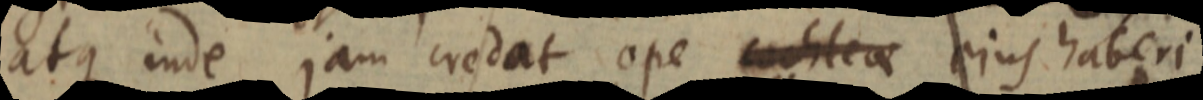
atque inde jam credat ope cochleae ejus haberi